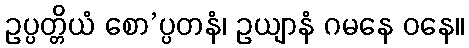
ဥပ္ပတ္တိယံ စော’ပ္ပတနံ၊ ဥယျာနံ ဂမနေ ဝနေ။